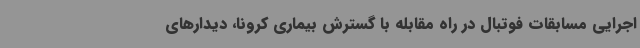
اجرایی مسابقات فوتبال در راه مقابله با گسترش بیماری کرونا، دیدارهای